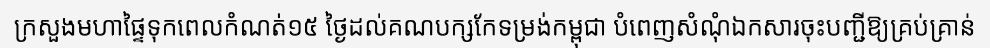
ក្រសួងមហាផ្ទៃទុកពេលកំណត់១៥ ថ្ងៃដល់គណបក្សកែទម្រង់កម្ពុជា បំពេញសំណុំឯកសារចុះបញ្ជីឱ្យគ្រប់គ្រាន់